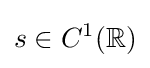
s\in C^{1}(\mathbb {R} )